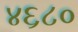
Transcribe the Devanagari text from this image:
४६८०